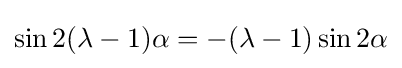
\sin 2(\lambda -1)\alpha =-(\lambda -1)\sin 2\alpha